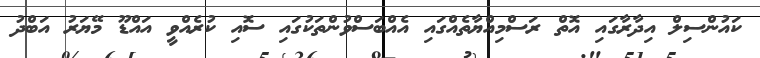
ކައުންސިލް އިދާރާގައި އޮތް ރަސްމިއްޔާތެއްގައި އެއްބަސްވުންތަކުގައި ސޮއި ކުރެއްވީ އައްޑޫ މޭޔަރު އަބްދު